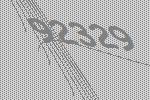
92329